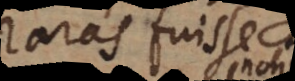
raras fuisse,